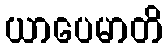
ယာပေမာတိ